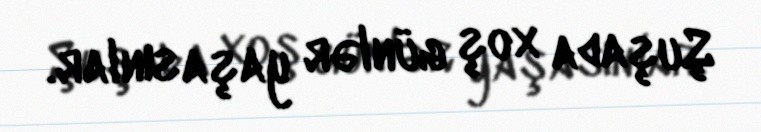
Şuşada xoş günlər yaşasınlar.